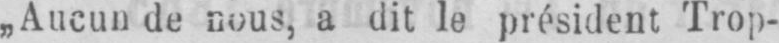
„Aucun de nous, a dit le président Trop-